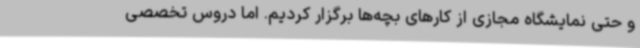
و حتی نمایشگاه مجازی از کارهای بچه‌ها برگزار کردیم. اما دروس تخصصی